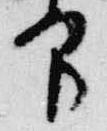
印